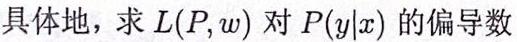
具体地，求 $L(P, w)$ 对 $P(y|x)$ 的偏导数